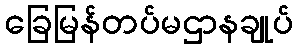
ခြေမြန်တပ်မဌာနချုပ်